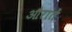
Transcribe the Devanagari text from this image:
औरातें